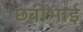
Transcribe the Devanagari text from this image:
छबीभाई